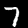
Digit: 7